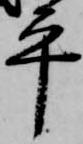
平